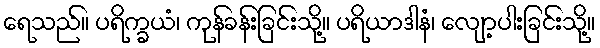
ရေသည်။ ပရိက္ခယံ၊ ကုန်ခန်းခြင်းသို့။ ပရိယာဒါနံ၊ လျော့ပါးခြင်းသို့။